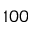
1 0 0